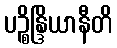
ပဉ္စိန္ဒြိယာနီတိ